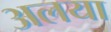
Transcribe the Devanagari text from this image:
अलया